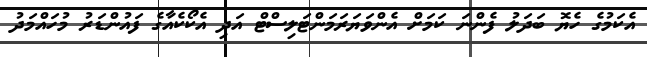
އެކަމުގެ ހެޔޮ ބަދަލު ފެންނަ ކަމަށް އެންވަޔަރަމަންޓަލިސްޓް އަދި އެކޯކެއާގެ ފައުންޑަރު މުހައްމަދު